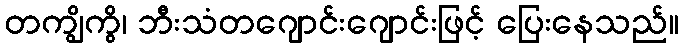
တကျွိကွိ၊ ဘီးသံတဂျောင်းဂျောင်းဖြင့် ပြေးနေသည်။